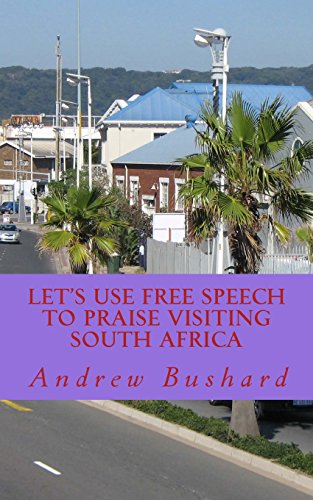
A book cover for Let's Use Free Speech to Praise Visiting South Africa; Andrew Bushard; Teen & Young Adult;